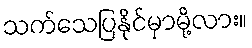
သက်သေပြနိုင်မှာမို့လား။